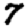
Digit: 7